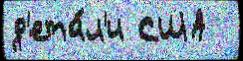
д'ета́л'и США